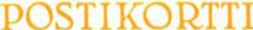
POSTIKORTTI